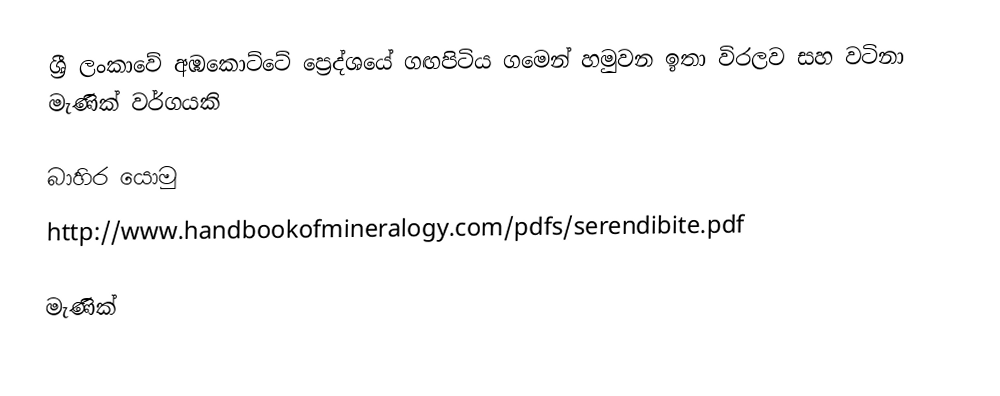
ශ්‍රී ලංකාවේ අඹකොට්ටේ ප්‍රෙද්ශයේ ගඟපිටිය ගමෙන් හමුවන ඉතා විරලව සහ වටිනා මැණික් වර්ගයකි

බාහිර යොමු
http://www.handbookofmineralogy.com/pdfs/serendibite.pdf

මැණික්